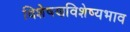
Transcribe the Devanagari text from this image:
विशेषणविशेष्यभाव